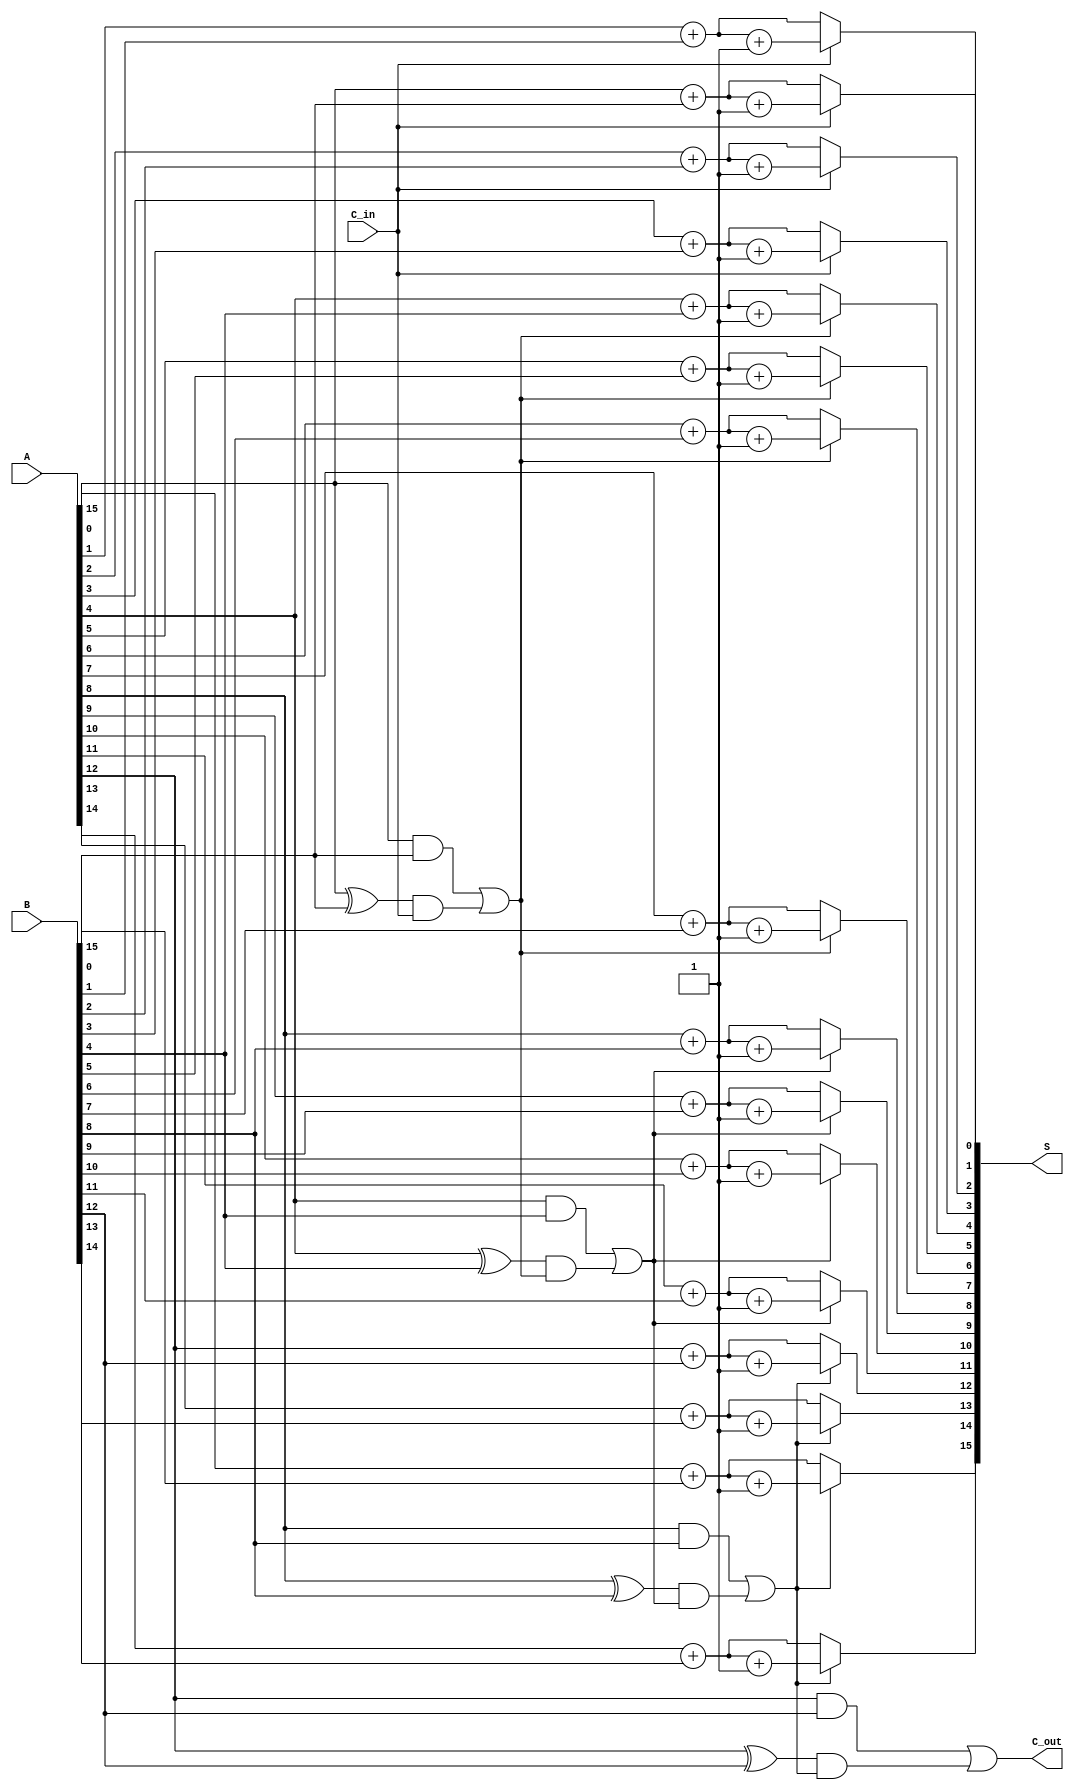
module ParallelPrefixCarrySelectAdder(
    input  [N-1:0] A,        // First N-bit input
    input  [N-1:0] B,        // Second N-bit input
    input  C_in,             // Initial carry input
    output [N-1:0] S,        // Sum output
    output C_out             // Carry output
);
    parameter N = 16;        // Define the bit width of the adder
    parameter BLOCK_SIZE = 4; // Size of each block

    wire [N-1:0] G; // Generate signals
    wire [N-1:0] P; // Propagate signals
    wire [N/BLOCK_SIZE-1:0] C; // Carry signals for each block

    // Generate and Propagate Signal Calculation
    genvar i;
    generate
        for (i = 0; i < N; i = i + 1) begin : gp_signals
            assign G[i] = A[i] & B[i];
            assign P[i] = A[i] ^ B[i];
        end
    endgenerate

    // Carry calculation using the Prefix structure (Kogge-Stone)
    // Compute carries for each block
    generate
        for (i = 0; i < N/BLOCK_SIZE; i = i + 1) begin : carry_generation
            wire [BLOCK_SIZE-1:0] G_block;
            wire [BLOCK_SIZE-1:0] P_block;
            assign G_block = G[i*BLOCK_SIZE +: BLOCK_SIZE];
            assign P_block = P[i*BLOCK_SIZE +: BLOCK_SIZE];
            
            if (i == 0) begin
                assign C[i] = G_block[0] | (P_block[0] & C_in); // First block
            end else begin
                assign C[i] = G_block[0] | (P_block[0] & C[i-1]); // Subsequent blocks
            end
        end
    endgenerate

    // Sum Calculation
    generate
        for (i = 0; i < N; i = i + 1) begin : sum_generation
            wire S0, S1;
            assign S0 = A[i] + B[i];                 // Sum when C_in = 0
            assign S1 = A[i] + B[i] + 1;             // Sum when C_in = 1
            
            // Select the correct sum based on the carry input
            if (i < BLOCK_SIZE) begin
                assign S[i] = (C_in) ? S1 : S0;
            end else begin
                assign S[i] = (C[i/BLOCK_SIZE-1]) ? S1 : S0;
            end
        end
    endgenerate

    // Final Carry Output
    assign C_out = C[N/BLOCK_SIZE - 1]; // Carry out from the last block

endmodule